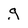
Character: g